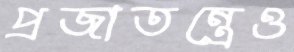
প্রজাতন্ত্রেও